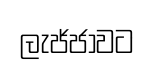
ලැජ්ජාවට